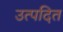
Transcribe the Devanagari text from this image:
उत्पदित